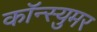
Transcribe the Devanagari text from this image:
कॉन्स्युमर